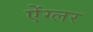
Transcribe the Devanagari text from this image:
ऐंग्लर